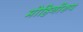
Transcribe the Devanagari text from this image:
मोहिनीरुप